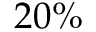
2 0 \%